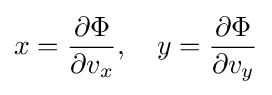
x={\frac {\partial \Phi }{\partial v_{x}}},\quad y={\frac {\partial \Phi }{\partial v_{y}}}